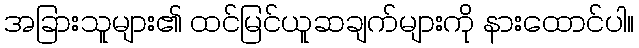
အခြားသူများ၏ ထင်မြင်ယူဆချက်များကို နားထောင်ပါ။